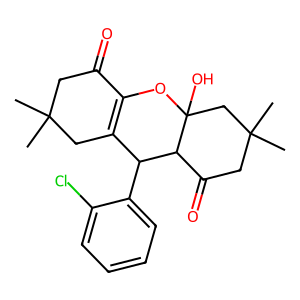
SMILES: CC1(C)CC(=O)C2=C(C1)C(c1ccccc1Cl)C1C(=O)CC(C)(C)CC1(O)O2
Inhibits HIV replication: No